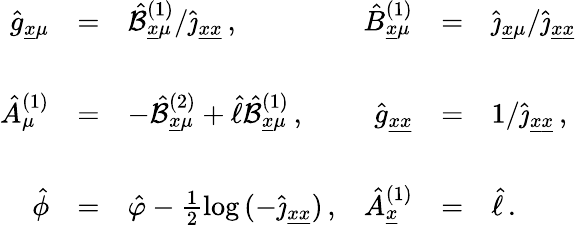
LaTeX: \begin{array}{rclrcl}{{\hat{g}_{\underline{{{x}}}\mu}}}&{{=}}&{{\hat{\cal B}_{\underline{{{x}}}\mu}^{(1)}/\hat{\jmath}_{\underline{{{x}}}\underline{{{x}}}}\, ,}}&{{\hat{B}_{\underline{{{x}}}\mu}^{(1)}}}&{{=}}&{{\hat{\jmath}_{\underline{{{x}}}\mu}/\hat{\jmath}_{\underline{{{x}}}\underline{{{x}}}}}}\\ {{}}&{{}}&{{}}&{{}}&{{}}&{{}}\\ {{\hat{A}_{\mu}^{(1)}}}&{{=}}&{{-\hat{\cal B}_{\underline{{{x}}}\mu}^{(2)}+\hat{\ell}\hat{\cal B}_{\underline{{{x}}}\mu}^{(1)}\, ,}}&{{\hat{g}_{\underline{{{x}}}\underline{{{x}}}}}}&{{=}}&{{1/\hat{\jmath}_{\underline{{{x}}}\underline{{{x}}}}\, ,}}\\ {{}}&{{}}&{{}}&{{}}&{{}}&{{}}\\ {{\hat{\phi}}}&{{=}}&{{\hat{\varphi}-\frac{1}{2}\log{(-\hat{\jmath}_{\underline{{{x}}}\underline{{{x}}}})}\, ,}}&{{\hat{A}_{\underline{{{x}}}}^{(1)}}}&{{=}}&{{\hat{\ell}\, .}}\end{array}